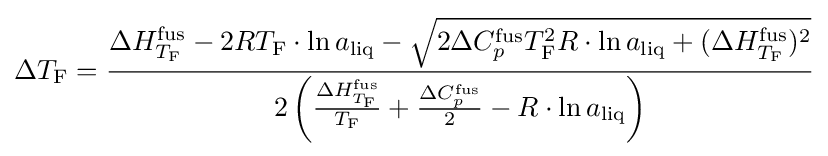
\Delta T_{\text{F}}={\frac {\Delta H_{T_{\text{F}}}^{\text{fus}}-2RT_{\text{F}}\cdot \ln a_{\text{liq}}-{\sqrt {2\Delta C_{p}^{\text{fus}}T_{\text{F}}^{2}R\cdot \ln a_{\text{liq}}+(\Delta H_{T_{\text{F}}}^{\text{fus}})^{2}}}}{2\left({\frac {\Delta H_{T_{\text{F}}}^{\text{fus}}}{T_{\text{F}}}}+{\frac {\Delta C_{p}^{\text{fus}}}{2}}-R\cdot \ln a_{\text{liq}}\right)}}